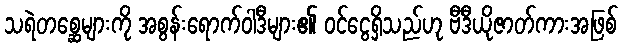
သရဲတစ္ဆေများကို အစွန်းရောက်ဝါဒီများ၏ ဝင်ငွေရှိသည်ဟု ဗီဒီယိုဇာတ်ကားအဖြစ်